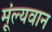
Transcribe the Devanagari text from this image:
मूंल्‍यवान